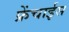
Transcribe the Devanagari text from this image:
फ्रेंचाईस